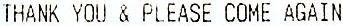
THANK YOU & PLEASE COME AGAIN